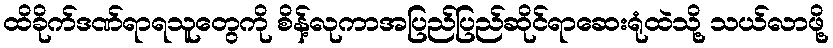
ထိခိုက်ဒဏ်ရာရသူတွေကို စိန့်လုကာအပြည်ပြည်ဆိုင်ရာဆေးရုံထဲသို့ သယ်လာဖို့